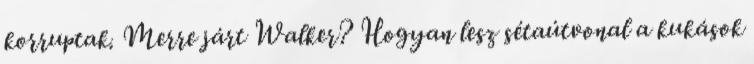
korruptak. Merre járt Walker? Hogyan lesz sétaútvonal a kukások